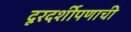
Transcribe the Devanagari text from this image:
दूरदर्शीपणाची